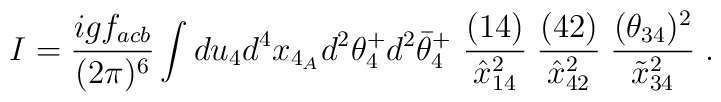
I = {igf_{acb}\over (2\pi)^6} \int du_4 d^4x_{4_A}d^2\theta^+_4d^2\bar\theta^+_4\ {(14)\over \hat x^2_{14}}\;  {(42)\over \hat x^2_{42}}\; {(\theta_{34})^2\over \tilde x^2_{34}}\;.